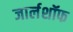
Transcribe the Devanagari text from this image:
जार्लशॉफ